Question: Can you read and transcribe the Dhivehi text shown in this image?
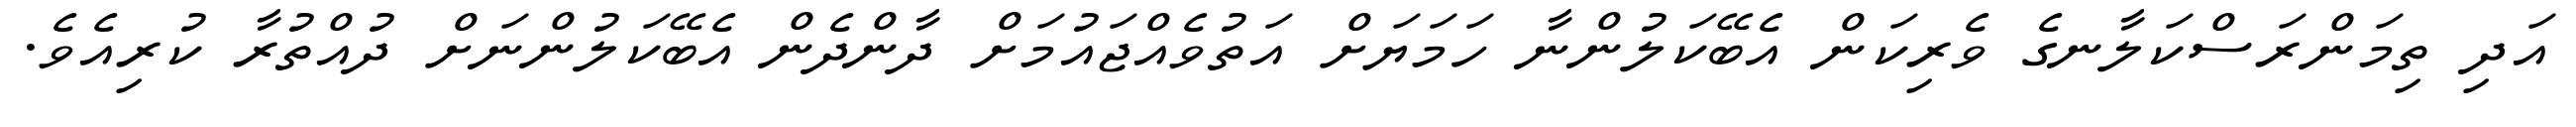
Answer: އަދި ތިމަންރަސްކަލާނގެ ވެރިކަން އެބޭކަލުންނާ ހަމަޔަށް އަތުވެއްޖައުމަށް ދާންދެން އެބޭކަލުންނަށް ދުއްތުރާ ކުރިއެވެ.